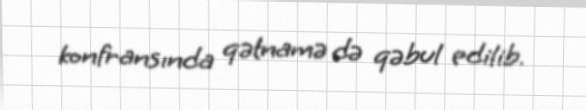
konfransında qətnamə də qəbul edilib.